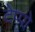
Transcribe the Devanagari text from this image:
टेप्पो